Annual administration report of the Civil Veterinary Department of India - 1897-1898
Year: 1897
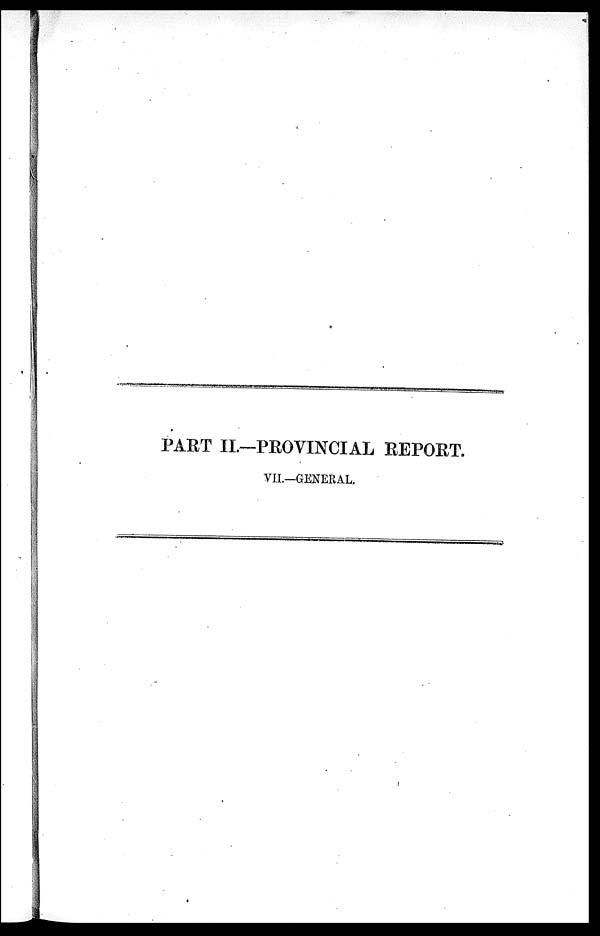
PART II.—PROVINCIAL REPORT.
VII.—GENERAL.